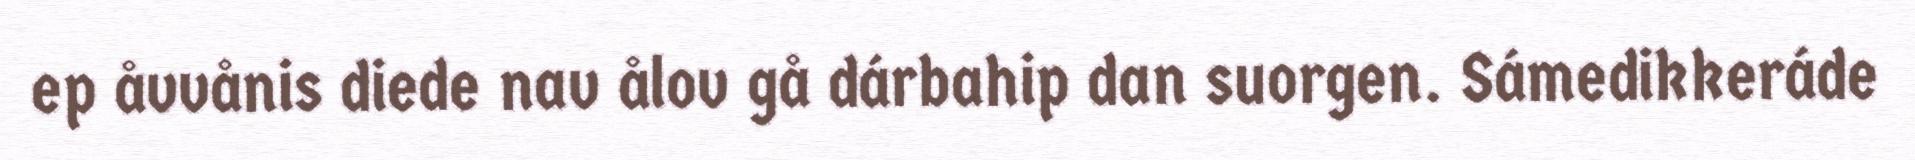
ep åvvånis diede nav ålov gå dárbahip dan suorgen. Sámedikkeráde